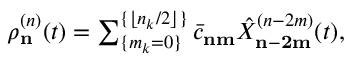
\begin{array} { r } { \rho _ { \bf n } ^ { ( n ) } ( t ) = \sum _ { \{ m _ { k } = 0 \} } ^ { \{ \lfloor n _ { k } / 2 \rfloor \} } \bar { c } _ { \bf n m } \hat { X } _ { \bf { n } - 2 \bf { m } } ^ { ( n - 2 m ) } ( t ) , } \end{array}